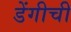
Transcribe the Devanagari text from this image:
डेंगीची